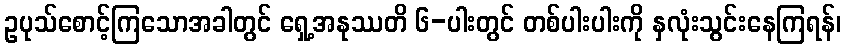
ဥပုသ်စောင့်ကြသောအခါတွင် ရှေ့အနုဿတိ ၆-ပါးတွင် တစ်ပါးပါးကို နှလုံးသွင်းနေကြရန်၊